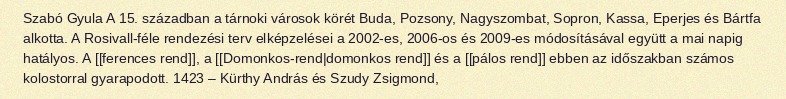
Szabó Gyula A 15. században a tárnoki városok körét Buda, Pozsony, Nagyszombat, Sopron, Kassa, Eperjes és Bártfa alkotta. A Rosivall-féle rendezési terv elképzelései a 2002-es, 2006-os és 2009-es módosításával együtt a mai napig hatályos. A [[ferences rend]], a [[Domonkos-rend|domonkos rend]] és a [[pálos rend]] ebben az időszakban számos kolostorral gyarapodott. 1423 – Kürthy András és Szudy Zsigmond,